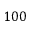
1 0 0